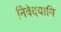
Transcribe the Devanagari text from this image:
निवेदयामि